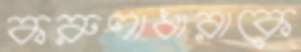
করুণাধারাকে